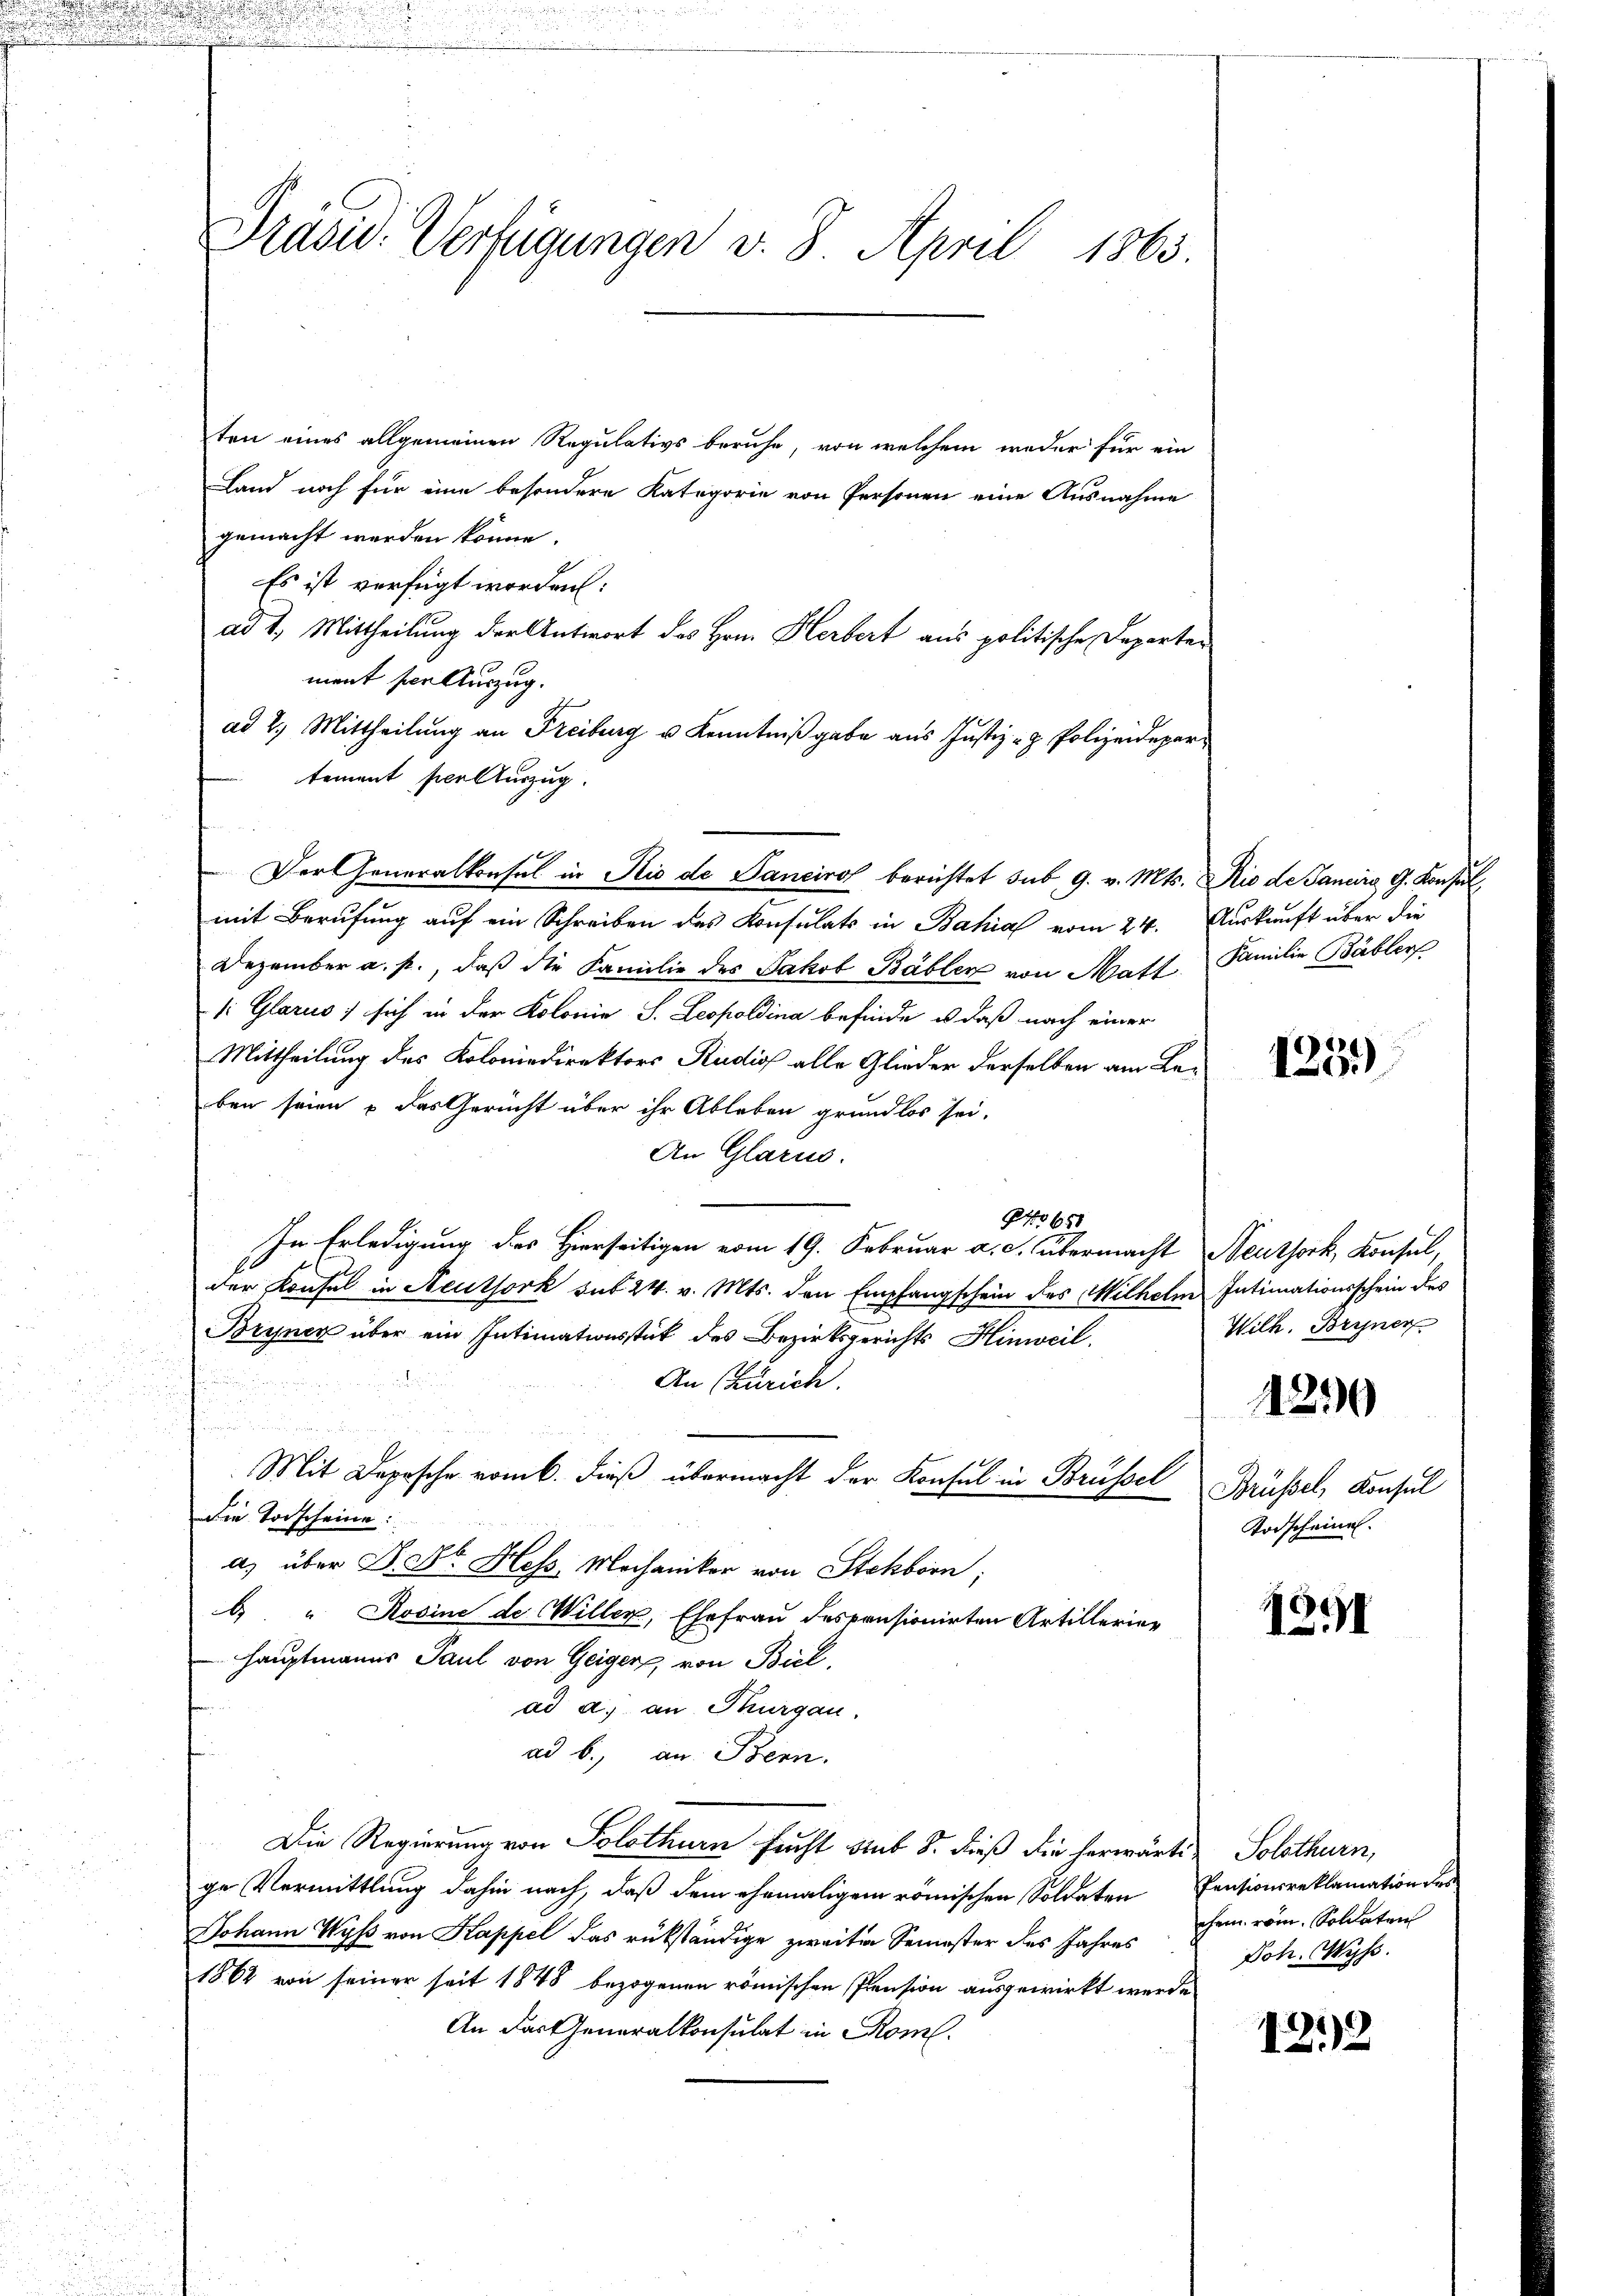
d

Präsid. Verfügungen v. 8. April 1863.

ten eines allgemeinen Regulativs beruhe, von welchem weder für ein
Land noch für eine besondere Kategorie von Personen eine Ausnahme
gemacht werden könne.
Es ist verfügt worden:
ad 2. Mittheilung der Antwort des Hrn. Herbert aus politische Departe
ment der Auszug.
ad 2. Mittheilung an Freiburg u Kenntniß gabe aus Justiz- & Polizeidepar
tement scelturzug.
Der Generalkonsul in Rio de Sancirol berichtet sub 9. v. Mts. Die de Janeiro G. Konsul
mit Berufung auf ein Schreiben des Konsulats in Bahia vom 24.
Dezember a. p., daß die Familie des Jakob Bäbler von Matt
1: Glarus, sich in der Kolonie S. Leopoldina befinde, u daß nach einer
Mittheilung des Kolonindirektors Rudios alle Glieder derselben am Be-
ben seien & das Gericht über ihr Ableben grundlos sei.
An Glarus.
No 651
In Erledigung des Hierseitigen vom 19. Februar a. c. übermacht
der Konsul in Neuthork mit 24. v. Mts. den Empfangschein des Mithelm Intimationsschein des
Bryner über ein Intimationsstück des Bezirksgerichts Hinweil.
An Zürich.
u
Mit Depesche vom 6. dieß übermacht der Konsul in Brüssel
Die Torscheine:
a) über D. Dr. Hess Mechaniker von Steckborn,
 " Rosine de Willer, Ehefrau desponsionirten Artillerier
Hauptmanns Paul von Geiger von Biel,
3
ad a. an Thurgau.
ad b., an Bern.
Die Regierung von Solothurn sucht sub 8. dieß die herwärtig Solothurn,
ge Vermittlung dahin nach, daß dem ehemaligem römischen Soldaten Pensionsreklamation des
Johann Wyß von Kappel das rükständige zweiten Semester des Jahres dem röm. Soldaten
1864 von seiner seit 1848 bezogenen römischen Pension ausgewirkt werde
An das Generalkonsulat in Rom.

Auskunft über die
Familie Bäbler

1251)

Neuthork, Konsul,
Wilh. Bryner

1290

Brüssel, Konsul
Todscheinen.

E
13.II

Joh. Wyss.

1212